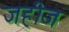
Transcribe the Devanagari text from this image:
जहीज